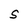
Character: S